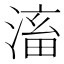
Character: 滀